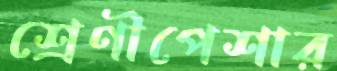
শ্রেণীপেশার